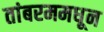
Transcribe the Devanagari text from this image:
तांबरममधून